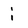
Character: i